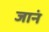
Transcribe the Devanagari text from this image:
जानं